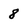
Character: 8